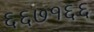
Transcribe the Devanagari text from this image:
६६७१६६